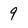
Character: 9